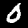
Label: 0